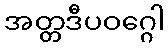
အတ္တဒီပဝဂ္ဂေါ